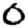
Digit: 0